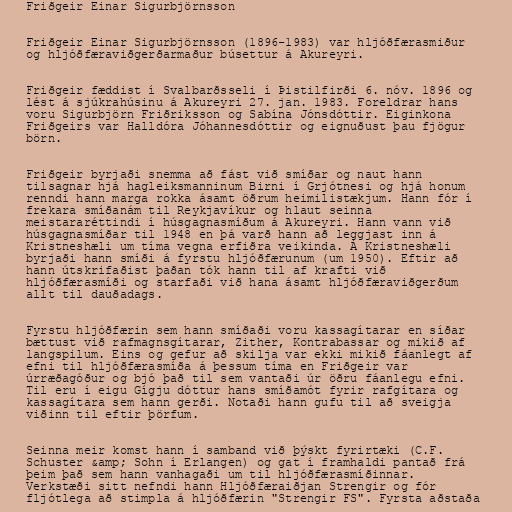
Friðgeir Einar Sigurbjörnsson

Friðgeir Einar Sigurbjörnsson (1896-1983) var hljóðfærasmiður
og hljóðfæraviðgerðarmaður búsettur á Akureyri.

Friðgeir fæddist í Svalbarðsseli í Þistilfirði 6. nóv. 1896 og
lést á sjúkrahúsinu á Akureyri 27. jan. 1983. Foreldrar hans
voru Sigurbjörn Friðriksson og Sabína Jónsdóttir. Eiginkona
Friðgeirs var Halldóra Jóhannesdóttir og eignuðust þau fjögur
börn.

Friðgeir byrjaði snemma að fást við smíðar og naut hann
tilsagnar hjá hagleiksmanninum Birni í Grjótnesi og hjá honum
renndi hann marga rokka ásamt öðrum heimilistækjum. Hann fór í
frekara smíðanám til Reykjavíkur og hlaut seinna
meistararéttindi í húsgagnasmíðum á Akureyri. Hann vann við
húsgagnasmíðar til 1948 en þá varð hann að leggjast inn á
Kristneshæli um tíma vegna erfiðra veikinda. Á Kristneshæli
byrjaði hann smíði á fyrstu hljóðfærunum (um 1950). Eftir að
hann útskrifaðist þaðan tók hann til af krafti við
hljóðfærasmíði og starfaði við hana ásamt hljóðfæraviðgerðum
allt til dauðadags.

Fyrstu hljóðfærin sem hann smíðaði voru kassagítarar en síðar
bættust við rafmagnsgítarar, Zither, Kontrabassar og mikið af
langspilum. Eins og gefur að skilja var ekki mikið fáanlegt af
efni til hljóðfærasmíða á þessum tíma en Friðgeir var
úrræðagóður og bjó það til sem vantaði úr öðru fáanlegu efni.
Til eru í eigu Gígju dóttur hans smíðamót fyrir rafgítara og
kassagítara sem hann gerði. Notaði hann gufu til að sveigja
viðinn til eftir þörfum.

Seinna meir komst hann í samband við þýskt fyrirtæki (C.F.
Schuster &amp; Sohn í Erlangen) og gat í framhaldi pantað frá
þeim það sem hann vanhagaði um til hljóðfærasmíðinnar.
Verkstæði sitt nefndi hann Hljóðfæraiðjan Strengir og fór
fljótlega að stimpla á hljóðfærin "Strengir FS". Fyrsta aðstaða